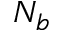
N _ { b }